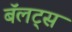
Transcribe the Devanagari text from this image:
बॅलट्स